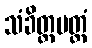
သံခိတ္တမတ္တံ